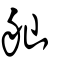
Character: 舢